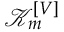
\mathcal { \mathcal { K } } _ { m } ^ { \left[ V \right] }